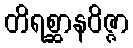
တိရစ္ဆာနဝိဇ္ဇာ